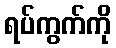
ရပ်ကွက်ကို